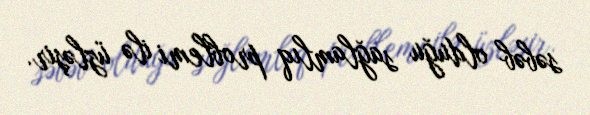
səbəb olduğu sağlamlıq problemi ilə üzləşir.